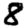
Digit: 8